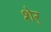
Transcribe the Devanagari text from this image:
शेर्